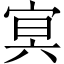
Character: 㝠